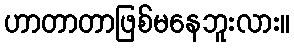
ဟာတာတာဖြစ်မနေဘူးလား။